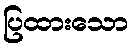
ပြထားသော